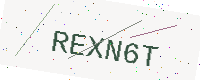
Text: REXN6T